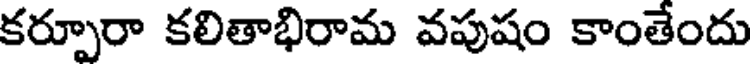
కర్పూరా కలితాభిరామ వపుషం కాంతేందు